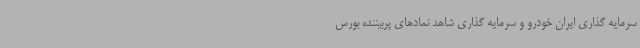
سرمایه‌ گذاری ایران خودرو و سرمایه‌ گذاری شاهد نمادهای پربیننده بورس